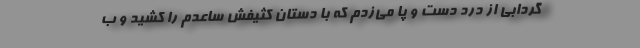
گردابی از درد دست و پا می‌زدم که با دستان کثیفش ساعدم را کشید و ب